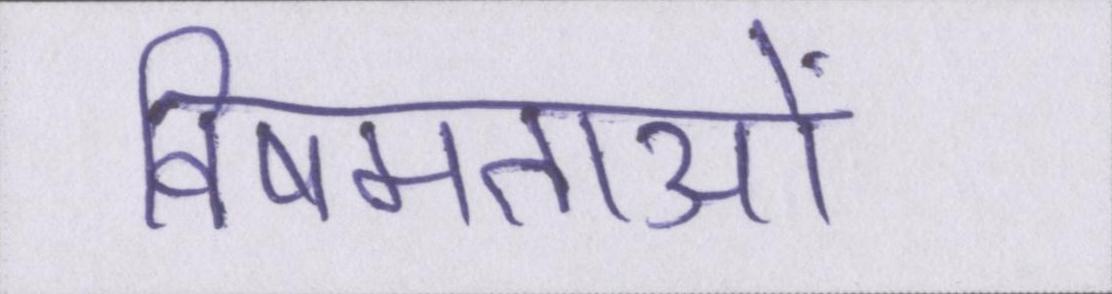
विषमताओं